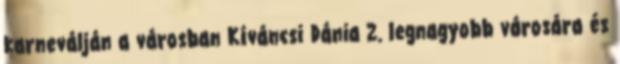
karneválján a városban Kíváncsi Dánia 2. legnagyobb városára és